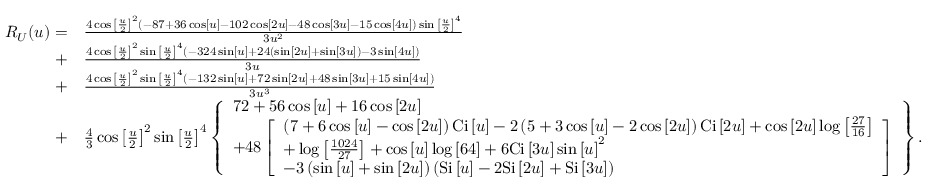
\begin{array} { r l } { { R _ { U } } ( u ) = } & { \frac { { 4 \cos { { \left[ { \frac { u } { 2 } } \right] } ^ { 2 } } \left( { - 8 7 + 3 6 \cos \left[ u \right] - 1 0 2 \cos \left[ { 2 u } \right] - 4 8 \cos \left[ { 3 u } \right] - 1 5 \cos \left[ { 4 u } \right] } \right) \sin { { \left[ { \frac { u } { 2 } } \right] } ^ { 4 } } } } { { 3 { u ^ { 2 } } } } } \\ { + } & { \frac { { 4 \cos { { \left[ { \frac { u } { 2 } } \right] } ^ { 2 } } \sin { { \left[ { \frac { u } { 2 } } \right] } ^ { 4 } } \left( { - 3 2 4 \sin \left[ u \right] + 2 4 \left( { \sin \left[ { 2 u } \right] + \sin \left[ { 3 u } \right] } \right) - 3 \sin \left[ { 4 u } \right] } \right) } } { { 3 u } } } \\ { + } & { \frac { { 4 \cos { { \left[ { \frac { u } { 2 } } \right] } ^ { 2 } } \sin { { \left[ { \frac { u } { 2 } } \right] } ^ { 4 } } \left( { - 1 3 2 \sin \left[ u \right] + 7 2 \sin \left[ { 2 u } \right] + 4 8 \sin \left[ { 3 u } \right] + 1 5 \sin \left[ { 4 u } \right] } \right) } } { { 3 { u ^ { 3 } } } } } \\ { + } & { \frac { 4 } { 3 } \cos { \left[ { \frac { u } { 2 } } \right] ^ { 2 } } \sin { \left[ { \frac { u } { 2 } } \right] ^ { 4 } } \left\{ \begin{array} { l } { 7 2 + 5 6 \cos \left[ u \right] + 1 6 \cos \left[ { 2 u } \right] } \\ { + 4 8 \left[ \begin{array} { l } { \left( { 7 + 6 \cos \left[ u \right] - \cos \left[ { 2 u } \right] } \right) \mathrm { { C i } } \left[ u \right] - 2 \left( { 5 + 3 \cos \left[ u \right] - 2 \cos \left[ { 2 u } \right] } \right) { \mathrm { C i } } \left[ { 2 u } \right] + \cos \left[ { 2 u } \right] \log \left[ { \frac { { 2 7 } } { { 1 6 } } } \right] } \\ { + \log \left[ { \frac { { 1 0 2 4 } } { { 2 7 } } } \right] + \cos \left[ u \right] \log \left[ { 6 4 } \right] + 6 \mathrm { { C i } } \left[ { 3 u } \right] \sin { \left[ u \right] ^ { 2 } } } \\ { - 3 \left( { \sin \left[ u \right] + \sin \left[ { 2 u } \right] } \right) \left( { { \mathrm { S i } } \left[ u \right] - 2 \mathrm { { S i } } \left[ { 2 u } \right] + { \mathrm { S i } } \left[ { 3 u } \right] } \right) } \end{array} \right] } \end{array} \right\} . } \end{array}